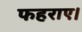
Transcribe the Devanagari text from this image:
फहराए।